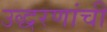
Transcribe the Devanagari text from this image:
उद्धरणांची